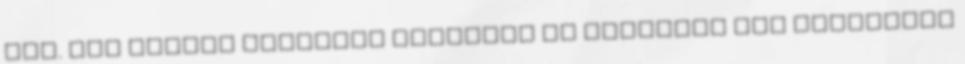
van. Egy csinos titkárnő szólítja és bevezeti egy elegánsan